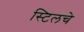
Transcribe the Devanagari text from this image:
स्टिलचे